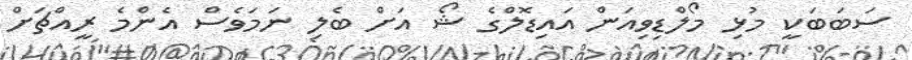
ސަބަބަކީ މުޅި މޯލްޑިވިއަން އައިޑޮލްގެ ޝޯ އަށް ބެލި ނަމަވެސް އެންމެ ރީއްޗަށް